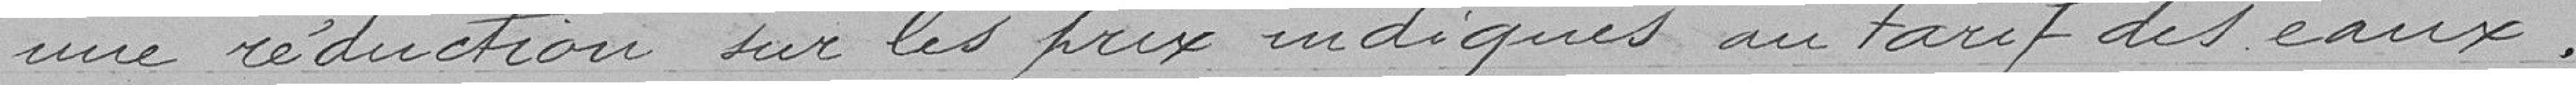
une réduction sur les prix indiqués au tarif des eaux.